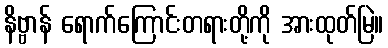
နိဗ္ဗာန် ရောက်ကြောင်းတရားတို့ကို အားထုတ်မြဲ။